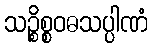
သဉ္စိစ္စဝဓသပ္ပါဏံ